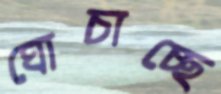
ঘোচাচ্ছে